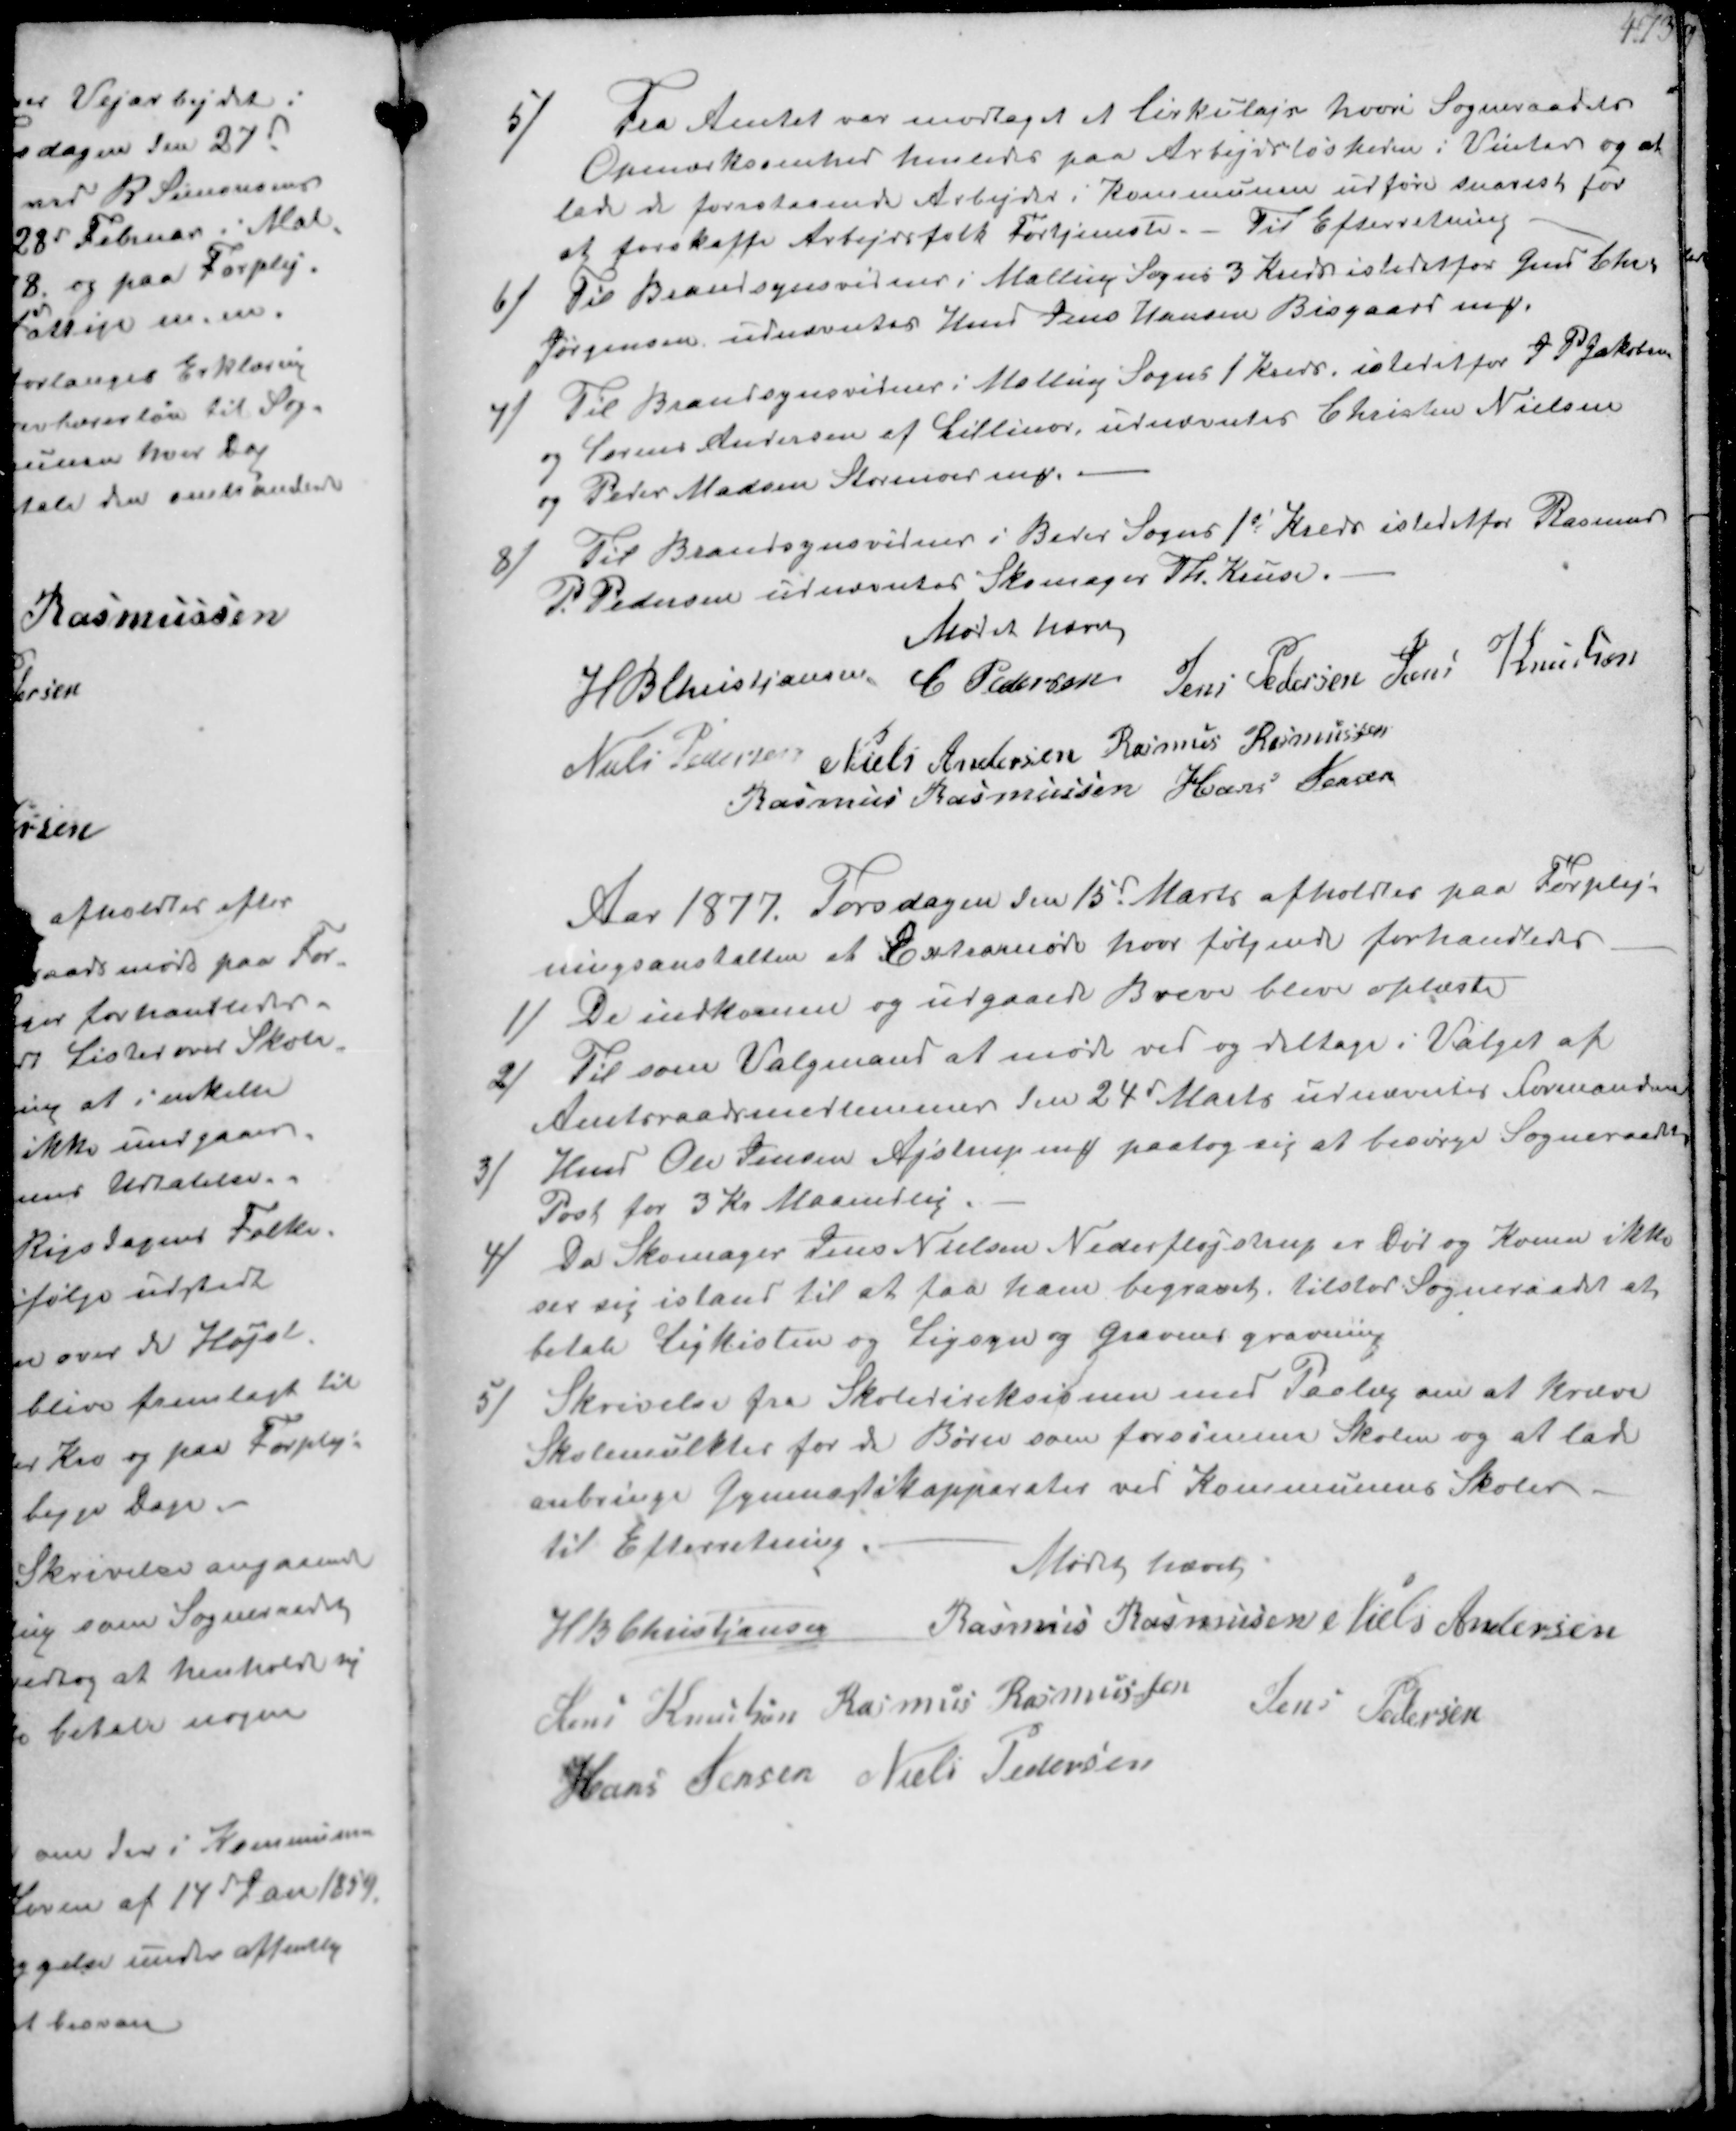
Transskription:
5/
Fra Amtet var modtaget et Cirkulajr hvori Sogneraadets
Opmærksomhed henledes paa Arbejdsløsheden i Vinter og at
lade de forestaaende Arbejder i Kommunen udføre snarest for
at forskaffe Arbejdsfolk Fortjeneste.- Til Efterretning

6/
Til Brandsynsvidner i Malling Sogns 3 Kreds istedetfor Gmd Chr.
Jørgensen udnævntes Hmd Jens Hansen Bisgaard ₻ .
7/
Til Brandsynsvidner i Malling Sogns 1 kreds, istedet for J P Jakobsen
og Lorens Andersen af Lillenor, udnævntes Christen Nielsen
og Peder Madsen Stornor ₻
8/
Til Brandsynsvidner i Beder Sogns 1s Kreds istedetfor Rasmus
P. Pedersen udnævntes Skomager Th. Kruse.
Mødet hævet
H B Christiansen C Pedersen
Jens Pedersen Jens Knudsen
Niels Pedersen Niels Andersen Rasmus Rasmussen
Rasmus Rasmussen Hans Jensen

Aar 1877. Torsdagen den 15d Marts afholdtes paa Forplej-
ningsanstalten at Extramøde hvor følgende forhandledes
1/
De indkomme og udgaaede Breve bleve oplæste
2/
Til som Valgmand at møde ved og deltage i Valget af
Amtsraadsmedlemmer den 24 Marts udnævntes Formanden
3/
Hmd Ole Jensen Ajstrup ₻ paatog sig at besørge Sogneraadets
Post for 3 Kr Maanedlig
4/
Da Skomager Jens Nielsen Nederfløjstrup er Død og Konen ikke
ser sig istand til at faa ham begravet tilstod Sogneraadet at
betale Ligkisten og Ligsyn og Gravens gravning
5/
Skrivelse fra Skoledireksionen med Paalæg om at kræve
Skolemulkter for de Børn som forsømmer Skolen og at lade
anbringe Gymnastikapparater ved Kommunens Skoler
Til Efterretning
Mødet hævet
H B Christiansen
Rasmus Rasmussen Niels Andersen
Jens Knudsen Rasmus Rasmussen
Jens Pedersen
Hans Jensen Niels Pedersen